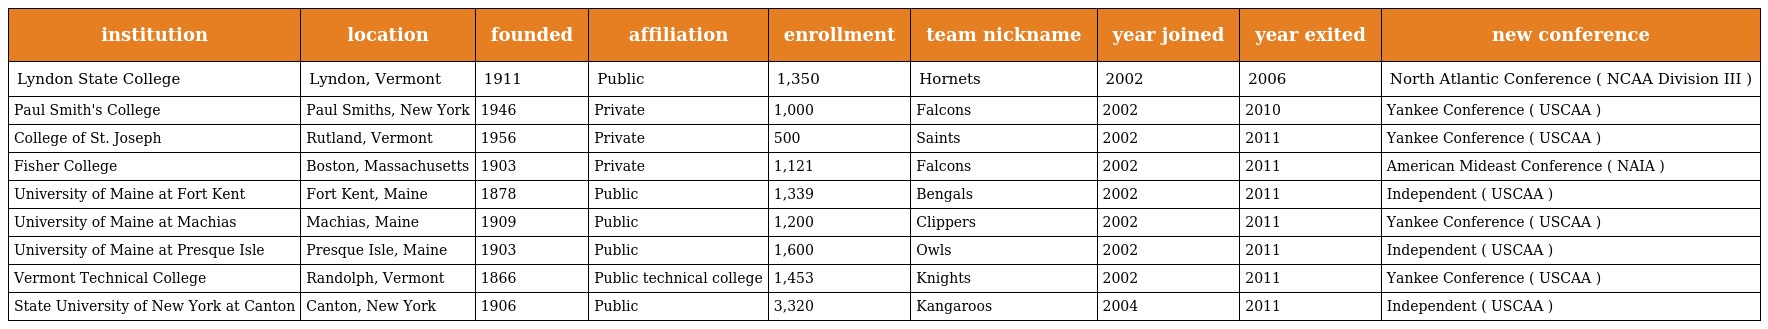
| institution | location | founded | affiliation | enrollment | team nickname | year joined | year exited | new conference |
 | --- | --- | --- | --- | --- | --- | --- | --- | --- |
 | Lyndon State College | Lyndon, Vermont | 1911 | Public | 1,350 | Hornets | 2002 | 2006 | North Atlantic Conference ( NCAA Division III ) |
 | Paul Smith's College | Paul Smiths, New York | 1946 | Private | 1,000 | Falcons | 2002 | 2010 | Yankee Conference ( USCAA ) |
 | College of St. Joseph | Rutland, Vermont | 1956 | Private | 500 | Saints | 2002 | 2011 | Yankee Conference ( USCAA ) |
 | Fisher College | Boston, Massachusetts | 1903 | Private | 1,121 | Falcons | 2002 | 2011 | American Mideast Conference ( NAIA ) |
 | University of Maine at Fort Kent | Fort Kent, Maine | 1878 | Public | 1,339 | Bengals | 2002 | 2011 | Independent ( USCAA ) |
 | University of Maine at Machias | Machias, Maine | 1909 | Public | 1,200 | Clippers | 2002 | 2011 | Yankee Conference ( USCAA ) |
 | University of Maine at Presque Isle | Presque Isle, Maine | 1903 | Public | 1,600 | Owls | 2002 | 2011 | Independent ( USCAA ) |
 | Vermont Technical College | Randolph, Vermont | 1866 | Public technical college | 1,453 | Knights | 2002 | 2011 | Yankee Conference ( USCAA ) |
 | State University of New York at Canton | Canton, New York | 1906 | Public | 3,320 | Kangaroos | 2004 | 2011 | Independent ( USCAA ) |